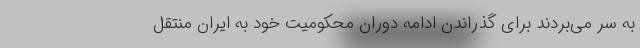
به سر می‌بردند برای گذراندن ادامه دوران محکومیت خود به ایران منتقل